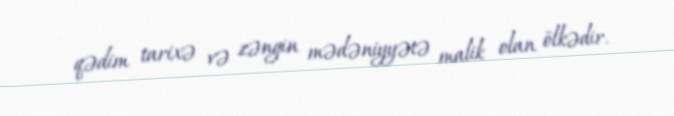
qədim tarixə və zəngin mədəniyyətə malik olan ölkədir.